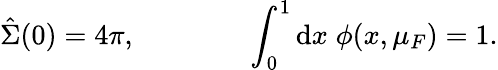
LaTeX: \hat{\Sigma}(0)=4\pi,\qquad\qquad\int_{0}^{1}\mathrm{d}x\; \phi(x,\mu_{F})=1.